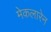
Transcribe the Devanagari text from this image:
मेकलारेन